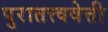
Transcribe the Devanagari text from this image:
पुरातत्त्ववेत्ती